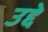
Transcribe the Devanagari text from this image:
उद्दे